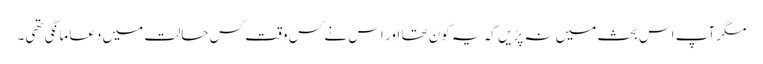
مگر آپ اس بحث میں نہ پڑیں کہ یہ کون تھا اور اس نے کس وقت کس حالت میں دعا مانگی تھی۔